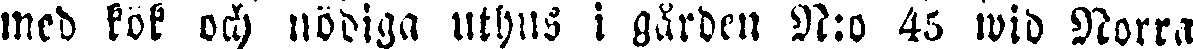
med kök och nödiga uthus i gården N:o 45 wid Norra